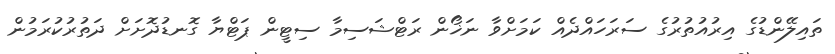
ތައިލޭންޑުގެ އިރުއުތުރުގެ ސަރަހައްދެއް ކަމަށްވާ ނަޚޯން ރަޓްޝަސިމާ ސިޓީން ޕަޓްޔާ ގޮނޑުދޮށަށް ދަތުރުކުރަމުން